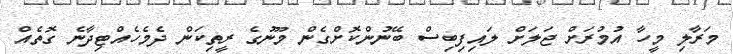
މަރާލި މީހާ އުމުރަށް ޖަލަށް ލައިފިބިސް ބޭނުންކޮށްގެން މޫނުގެ ރީތިކަން ދެމެހެއްޓިދާނެ ގޮތެއް